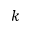
k